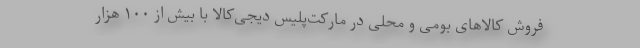
فروش کالاهای بومی و محلی در مارکت‌پِلِیس دیجی‌کالا با بیش از ۱۰۰ هزار